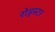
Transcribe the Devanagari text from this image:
रोड्स्टर